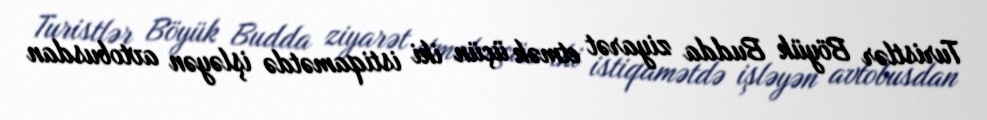
Turistlər Böyük Budda ziyarət etmək üçün iki istiqamətdə işləyən avtobusdan